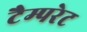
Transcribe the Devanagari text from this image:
टैम्परेट